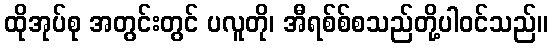
ထိုအုပ်စု အတွင်းတွင် ပလူတို၊ အီရစ်စ်စသည်တို့ပါဝင်သည်။